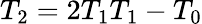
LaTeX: T_{2}=2T_{1}T_{1}-T_{0}